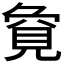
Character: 𮗏